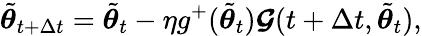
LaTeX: \tilde{{\boldsymbol{\theta}}}_{t+\Delta t}=\tilde{{\boldsymbol{\theta}}}_{t}-\eta g^{+}(\tilde{{\boldsymbol{\theta}}}_{t})\boldsymbol{\mathcal{G}}(t+\Delta t,\tilde{{\boldsymbol{\theta}}}_{t}),